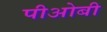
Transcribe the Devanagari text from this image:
पीओबी